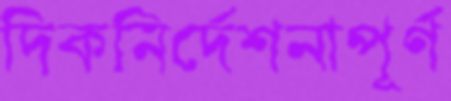
দিকনির্দেশনাপূর্ণ